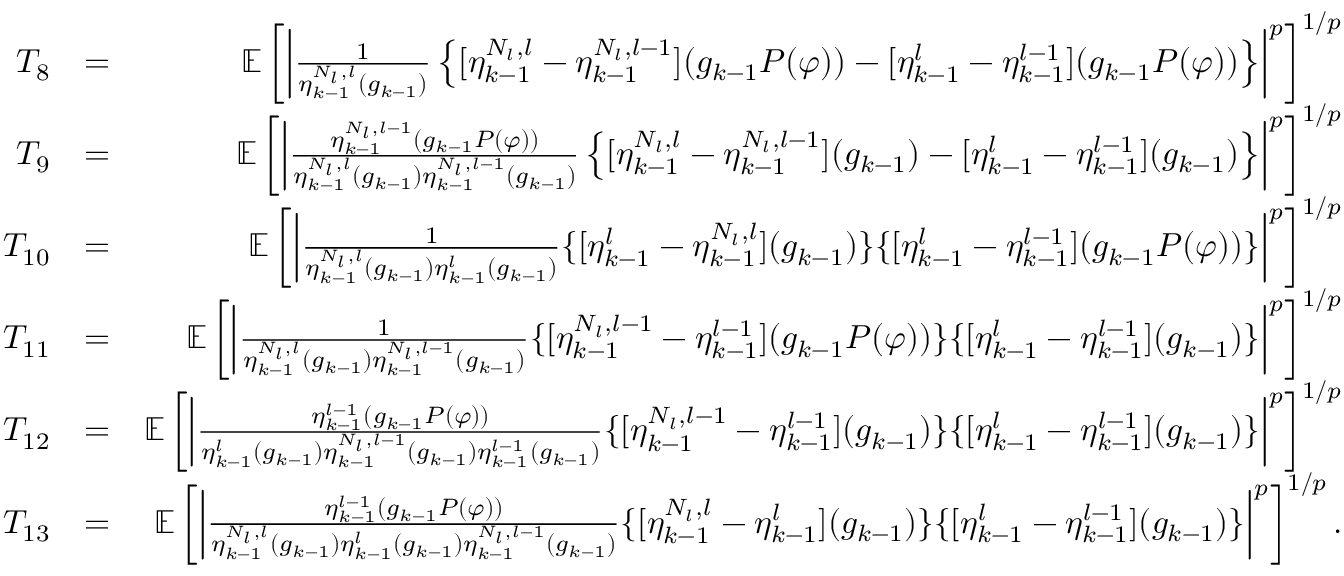
\begin{array} { r l r } { T _ { 8 } } & { = } & { \mathbb { E } \left[ \left| \frac { 1 } { \eta _ { k - 1 } ^ { N _ { l } , l } ( g _ { k - 1 } ) } \left\{ [ \eta _ { k - 1 } ^ { N _ { l } , l } - \eta _ { k - 1 } ^ { N _ { l } , l - 1 } ] ( g _ { k - 1 } P ( \varphi ) ) - [ \eta _ { k - 1 } ^ { l } - \eta _ { k - 1 } ^ { l - 1 } ] ( g _ { k - 1 } P ( \varphi ) ) \right\} \right| ^ { p } \right] ^ { 1 / p } } \\ { T _ { 9 } } & { = } & { \mathbb { E } \left[ \left| \frac { \eta _ { k - 1 } ^ { N _ { l } , l - 1 } ( g _ { k - 1 } P ( \varphi ) ) } { \eta _ { k - 1 } ^ { N _ { l } , l } ( g _ { k - 1 } ) \eta _ { k - 1 } ^ { N _ { l } , l - 1 } ( g _ { k - 1 } ) } \left\{ [ \eta _ { k - 1 } ^ { N _ { l } , l } - \eta _ { k - 1 } ^ { N _ { l } , l - 1 } ] ( g _ { k - 1 } ) - [ \eta _ { k - 1 } ^ { l } - \eta _ { k - 1 } ^ { l - 1 } ] ( g _ { k - 1 } ) \right\} \right| ^ { p } \right] ^ { 1 / p } } \\ { T _ { 1 0 } } & { = } & { \mathbb { E } \left[ \left| \frac { 1 } { \eta _ { k - 1 } ^ { N _ { l } , l } ( g _ { k - 1 } ) \eta _ { k - 1 } ^ { l } ( g _ { k - 1 } ) } \{ [ \eta _ { k - 1 } ^ { l } - \eta _ { k - 1 } ^ { N _ { l } , l } ] ( g _ { k - 1 } ) \} \{ [ \eta _ { k - 1 } ^ { l } - \eta _ { k - 1 } ^ { l - 1 } ] ( g _ { k - 1 } P ( \varphi ) ) \} \right| ^ { p } \right] ^ { 1 / p } } \\ { T _ { 1 1 } } & { = } & { \mathbb { E } \left[ \left| \frac { 1 } { \eta _ { k - 1 } ^ { N _ { l } , l } ( g _ { k - 1 } ) \eta _ { k - 1 } ^ { N _ { l } , l - 1 } ( g _ { k - 1 } ) } \{ [ \eta _ { k - 1 } ^ { N _ { l } , l - 1 } - \eta _ { k - 1 } ^ { l - 1 } ] ( g _ { k - 1 } P ( \varphi ) ) \} \{ [ \eta _ { k - 1 } ^ { l } - \eta _ { k - 1 } ^ { l - 1 } ] ( g _ { k - 1 } ) \} \right| ^ { p } \right] ^ { 1 / p } } \\ { T _ { 1 2 } } & { = } & { \mathbb { E } \left[ \left| \frac { \eta _ { k - 1 } ^ { l - 1 } ( g _ { k - 1 } P ( \varphi ) ) } { \eta _ { k - 1 } ^ { l } ( g _ { k - 1 } ) \eta _ { k - 1 } ^ { N _ { l } , l - 1 } ( g _ { k - 1 } ) \eta _ { k - 1 } ^ { l - 1 } ( g _ { k - 1 } ) } \{ [ \eta _ { k - 1 } ^ { N _ { l } , l - 1 } - \eta _ { k - 1 } ^ { l - 1 } ] ( g _ { k - 1 } ) \} \{ [ \eta _ { k - 1 } ^ { l } - \eta _ { k - 1 } ^ { l - 1 } ] ( g _ { k - 1 } ) \} \right| ^ { p } \right] ^ { 1 / p } } \\ { T _ { 1 3 } } & { = } & { \mathbb { E } \left[ \left| \frac { \eta _ { k - 1 } ^ { l - 1 } ( g _ { k - 1 } P ( \varphi ) ) } { \eta _ { k - 1 } ^ { N _ { l } , l } ( g _ { k - 1 } ) \eta _ { k - 1 } ^ { l } ( g _ { k - 1 } ) \eta _ { k - 1 } ^ { N _ { l } , l - 1 } ( g _ { k - 1 } ) } \{ [ \eta _ { k - 1 } ^ { N _ { l } , l } - \eta _ { k - 1 } ^ { l } ] ( g _ { k - 1 } ) \} \{ [ \eta _ { k - 1 } ^ { l } - \eta _ { k - 1 } ^ { l - 1 } ] ( g _ { k - 1 } ) \} \right| ^ { p } \right] ^ { 1 / p } . } \end{array}